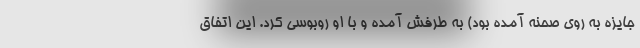
جایزه به روی صحنه آمده بود) به طرفش آمده و با او روبوسی کرد. این اتفاق